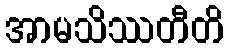
အာမသိဿတီတိ